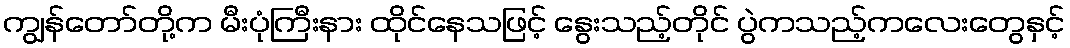
ကျွန်တော်တို့က မီးပုံကြီးနား ထိုင်နေသဖြင့် နွေးသည့်တိုင် ပွဲကသည့်ကလေးတွေနှင့်